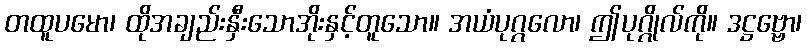
တထူပမော၊ ထိုအချည်းနှီးသောအိုးနှင့်တူသော။ အယံပုဂ္ဂလော၊ ဤပုဂ္ဂိုလ်ကို။ ဒဋ္ဌဗ္ဗော၊